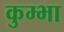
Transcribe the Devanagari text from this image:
कुम्‍भा